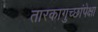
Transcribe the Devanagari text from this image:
तारकागुच्छांपेक्षा